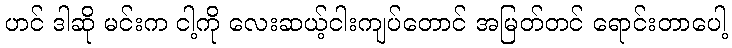
ဟင် ဒါဆို မင်းက ငါ့ကို လေးဆယ့်ငါးကျပ်တောင် အမြတ်တင် ရောင်းတာပေါ့